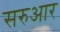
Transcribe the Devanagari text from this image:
सरुआर